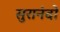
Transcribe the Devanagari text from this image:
सुरानंदो